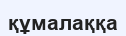
құмалаққа